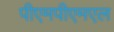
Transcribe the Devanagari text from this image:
पीएमपीएमएल